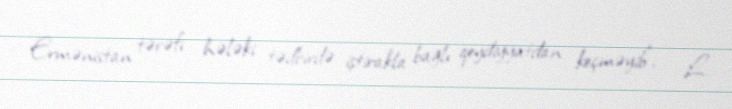
Ermənistan tərəfi hələki tədbirdə iştirakla bağlı qeydiyyatdan keçməyib”, - L.